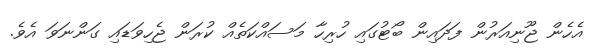
އެހެން ޖޫނިއަރުން ފަދައިން ބޯޓުގައި ހުރިހާ މަސައްކަތެއް ކުރަން ޖެހިވަޑައި ގަންނަވަ އެވެ.